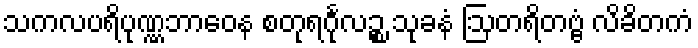
သကလပရိပုဏ္ဏဘာဝေန စတုရင်္ဂုလဉ္စ သုခနံ ဩတရိတဗ္ဗံ လိခိတကံ